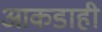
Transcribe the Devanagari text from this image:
आकडाही